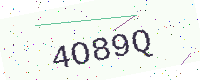
Text: 4O89Q